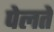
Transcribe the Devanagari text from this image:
पेलते